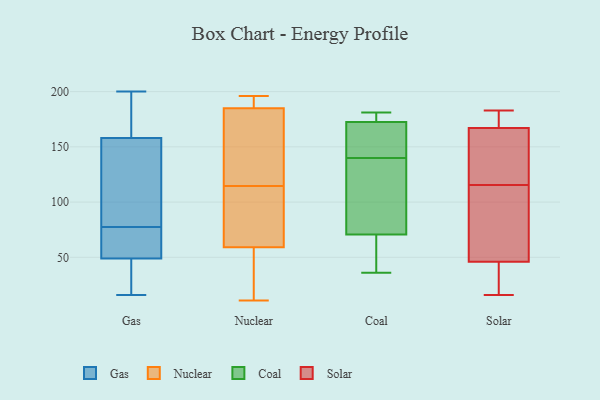
{"axis": {"x": "Temperature (°C)", "y": "Value"}, "legend": ["Coal", "Gas", "Nuclear", "Solar"], "data": [{"x": "", "y": 71, "type": "Gas"}, {"x": "", "y": 28, "type": "Gas"}, {"x": "", "y": 16, "type": "Gas"}, {"x": "", "y": 169, "type": "Gas"}, {"x": "", "y": 74, "type": "Gas"}, {"x": "", "y": 140, "type": "Gas"}, {"x": "", "y": 200, "type": "Gas"}, {"x": "", "y": 53, "type": "Gas"}, {"x": "", "y": 168, "type": "Gas"}, {"x": "", "y": 49, "type": "Gas"}, {"x": "", "y": 86, "type": "Gas"}, {"x": "", "y": 158, "type": "Gas"}, {"x": "", "y": 81, "type": "Gas"}, {"x": "", "y": 42, "type": "Gas"}, {"x": "", "y": 48, "type": "Nuclear"}, {"x": "", "y": 45, "type": "Nuclear"}, {"x": "", "y": 130, "type": "Nuclear"}, {"x": "", "y": 120, "type": "Nuclear"}, {"x": "", "y": 50, "type": "Nuclear"}, {"x": "", "y": 109, "type": "Nuclear"}, {"x": "", "y": 106, "type": "Nuclear"}, {"x": "", "y": 70, "type": "Nuclear"}, {"x": "", "y": 181, "type": "Nuclear"}, {"x": "", "y": 194, "type": "Nuclear"}, {"x": "", "y": 68, "type": "Nuclear"}, {"x": "", "y": 189, "type": "Nuclear"}, {"x": "", "y": 11, "type": "Nuclear"}, {"x": "", "y": 195, "type": "Nuclear"}, {"x": "", "y": 179, "type": "Nuclear"}, {"x": "", "y": 196, "type": "Nuclear"}, {"x": "", "y": 150, "type": "Nuclear"}, {"x": "", "y": 94, "type": "Nuclear"}, {"x": "", "y": 20, "type": "Nuclear"}, {"x": "", "y": 192, "type": "Nuclear"}, {"x": "", "y": 171, "type": "Coal"}, {"x": "", "y": 63, "type": "Coal"}, {"x": "", "y": 181, "type": "Coal"}, {"x": "", "y": 40, "type": "Coal"}, {"x": "", "y": 105, "type": "Coal"}, {"x": "", "y": 94, "type": "Coal"}, {"x": "", "y": 36, "type": "Coal"}, {"x": "", "y": 169, "type": "Coal"}, {"x": "", "y": 140, "type": "Coal"}, {"x": "", "y": 173, "type": "Coal"}, {"x": "", "y": 179, "type": "Coal"}, {"x": "", "y": 43, "type": "Solar"}, {"x": "", "y": 98, "type": "Solar"}, {"x": "", "y": 133, "type": "Solar"}, {"x": "", "y": 50, "type": "Solar"}, {"x": "", "y": 183, "type": "Solar"}, {"x": "", "y": 16, "type": "Solar"}, {"x": "", "y": 176, "type": "Solar"}, {"x": "", "y": 45, "type": "Solar"}, {"x": "", "y": 158, "type": "Solar"}, {"x": "", "y": 47, "type": "Solar"}, {"x": "", "y": 157, "type": "Solar"}, {"x": "", "y": 182, "type": "Solar"}]}